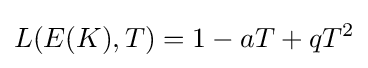
L(E(K),T)=1-aT+qT^{2}